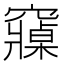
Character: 𮄡